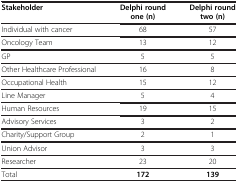
<table><thead><tr><td><b>Stakeholder</b></td><td><b>Delphi round one (n)</b></td><td><b>Delphi round two (n)</b></td></tr></thead><tbody><tr><td>Individual with cancer</td><td>68</td><td>57</td></tr><tr><td>Oncology Team</td><td>13</td><td>12</td></tr><tr><td>GP</td><td>5</td><td>5</td></tr><tr><td>Other Healthcare Professional</td><td>16</td><td>8</td></tr><tr><td>Occupational Health</td><td>15</td><td>12</td></tr><tr><td>Line Manager</td><td>5</td><td>4</td></tr><tr><td>Human Resources</td><td>19</td><td>15</td></tr><tr><td>Advisory Services</td><td>3</td><td>2</td></tr><tr><td>Charity/Support Group</td><td>2</td><td>1</td></tr><tr><td>Union Advisor</td><td>3</td><td>3</td></tr><tr><td>Researcher</td><td>23</td><td>20</td></tr><tr><td>Total</td><td><b>172</b></td><td><b>139</b></td></tr></tbody></table>